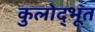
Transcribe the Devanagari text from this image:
कुलोद्‌भूत